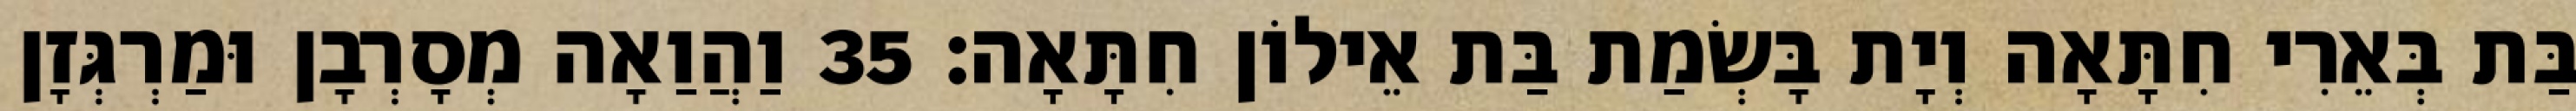
בַּת בְּאֵרִי חִתָּאָה וְיָת בָּשְׂמַת בַּת אֵילוֹן חִתָּאָה׃ 35 וַהֲוַאָה מְסָרְבָן וּמַרְגְּזָן